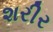
શરીર